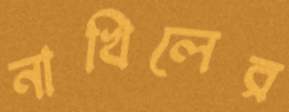
নাখিলের